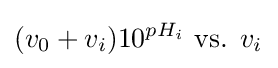
({v_{0}+v_{i}})10^{pH_{i}}{\text{ vs. }}v_{i^{}}